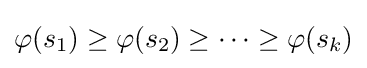
\varphi (s_{1})\geq \varphi (s_{2})\geq \cdots \geq \varphi (s_{k})